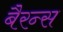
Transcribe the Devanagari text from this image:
बैरन्स